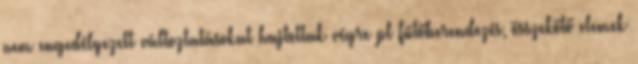
nem engedélyezett változtatásokat hajtottak végre pl fűtőberendezés, összekötő elemek